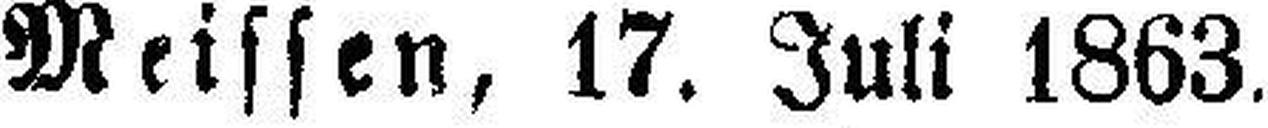
Meissen, 17. Juli 1863.